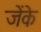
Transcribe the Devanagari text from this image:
जेंके